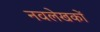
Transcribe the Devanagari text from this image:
नवलेखकों